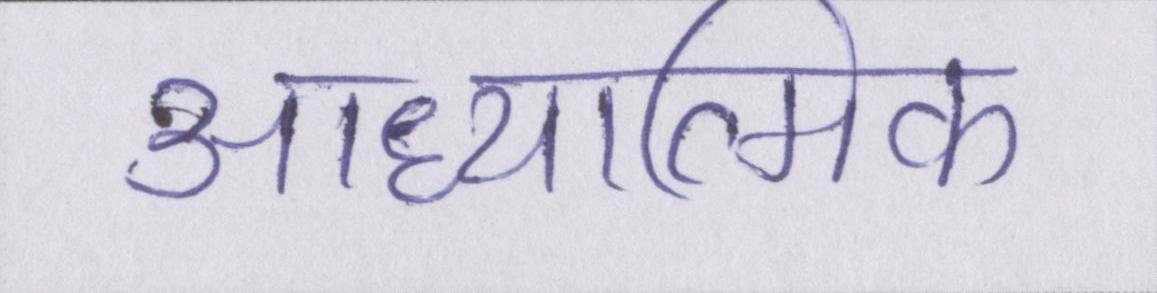
आध्यात्मिक